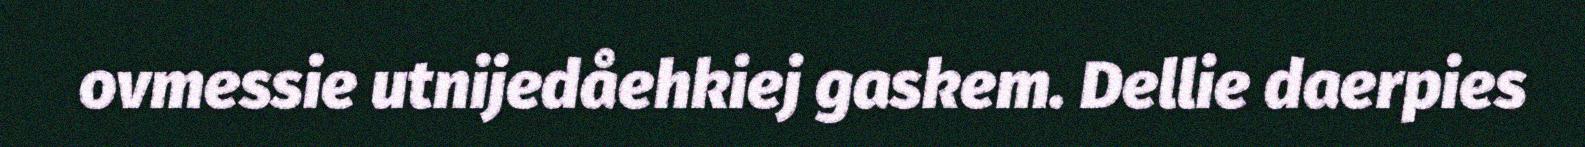
ovmessie utnijedåehkiej gaskem. Dellie daerpies